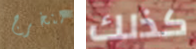
لنخرج كذلك